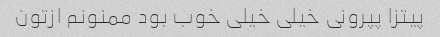
پیتزا پپرونی خیلی خیلی خوب بود ممنونم ازتون